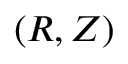
( \boldsymbol { R } , \boldsymbol { Z } )